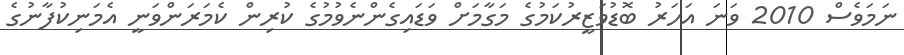
ނަމަވެސް 2010 ވަނަ އަހަރު ބޮޑުވަޒީރުކަމުގެ މަގާމަށް ވަޑައިގެންނެވުމުގެ ކުރިން ކެމަރަންވަނީ އެމަނިކުފާނުގެ